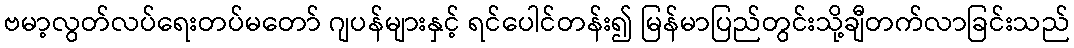
ဗမာ့လွတ်လပ်ရေးတပ်မတော် ဂျပန်များနှင့် ရင်ပေါင်တန်း၍ မြန်မာပြည်တွင်းသို့ချီတက်လာခြင်းသည်